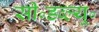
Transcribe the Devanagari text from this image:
सी॰डब्ल्यू॰